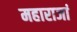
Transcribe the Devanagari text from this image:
महाराजां